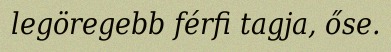
legöregebb férfi tagja, őse.